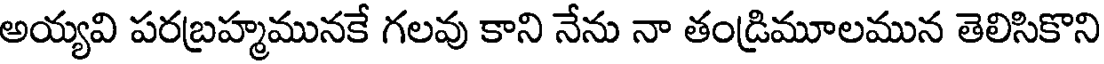
అయ్యవి పరబ్రహ్మమునకే గలవు కాని నేను నా తండ్రిమూలమున తెలిసికొని